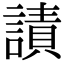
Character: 謮